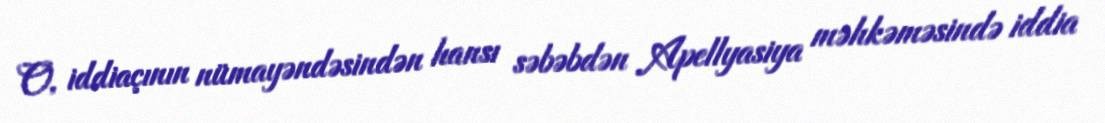
O, iddiaçının nümayəndəsindən hansı səbəbdən Apellyasiya məhkəməsində iddia